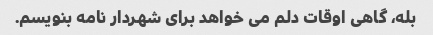
بله، گاهی اوقات دلم می خواهد برای شهردار نامه بنویسم.